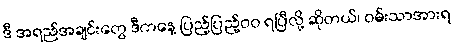
ဒီ အရည်အချင်းတွေ ဒီကနေ့ ပြည့်ပြည့်၀၀ ရပြီလို့ ဆိုတယ်၊ ဝမ်းသာအားရ